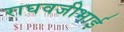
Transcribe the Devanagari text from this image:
राघवजीभाई